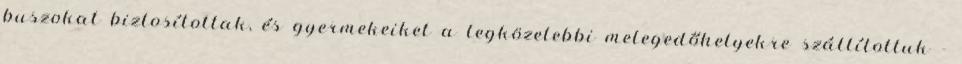
buszokat biztosítottak, és gyermekeiket a legközelebbi melegedőhelyekre szállítottuk -